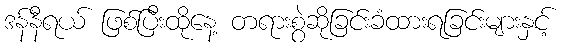
ဒန်နီရယ် ဖြစ်ပြီးထိုနေ့ တရားစွဲဆိုခြင်းခံထားရခြင်းများနှင့်